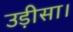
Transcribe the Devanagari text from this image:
उड़ीसा।